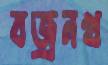
বজ্রনখ